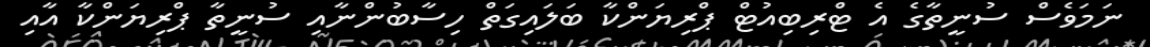
ނަމަވެސް ސުނީތާގެ އެ ޓްރިބިއުޓް ޕްރިޔަންކާ ބަލައިގަތް ހިސާބުންނާއި ސުނީތާ ޕްރިޔަންކާ އާއި